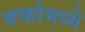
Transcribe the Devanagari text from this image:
बर्फामध्ये